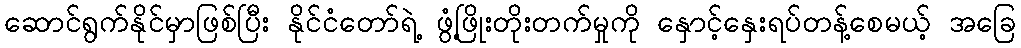
ဆောင်ရွက်နိုင်မှာဖြစ်ပြီး နိုင်ငံတော်ရဲ့ ဖွံ့ဖြိုးတိုးတက်မှုကို နှောင့်နှေးရပ်တန့်စေမယ့် အခြေ